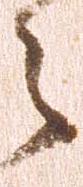
々